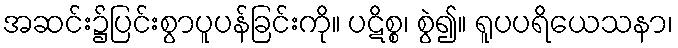
အဆင်း၌ပြင်းစွာပူပန်ခြင်းကို။ ပဋိစ္စ၊ စွဲ၍။ ရူပပရိယေသနာ၊